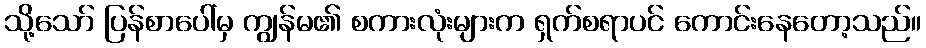
သို့သော် ပြန်စာပေါ်မှ ကျွန်မ၏ စကားလုံးများက ရှက်စရာပင် ကောင်းနေတော့သည်။